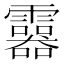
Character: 𩆮